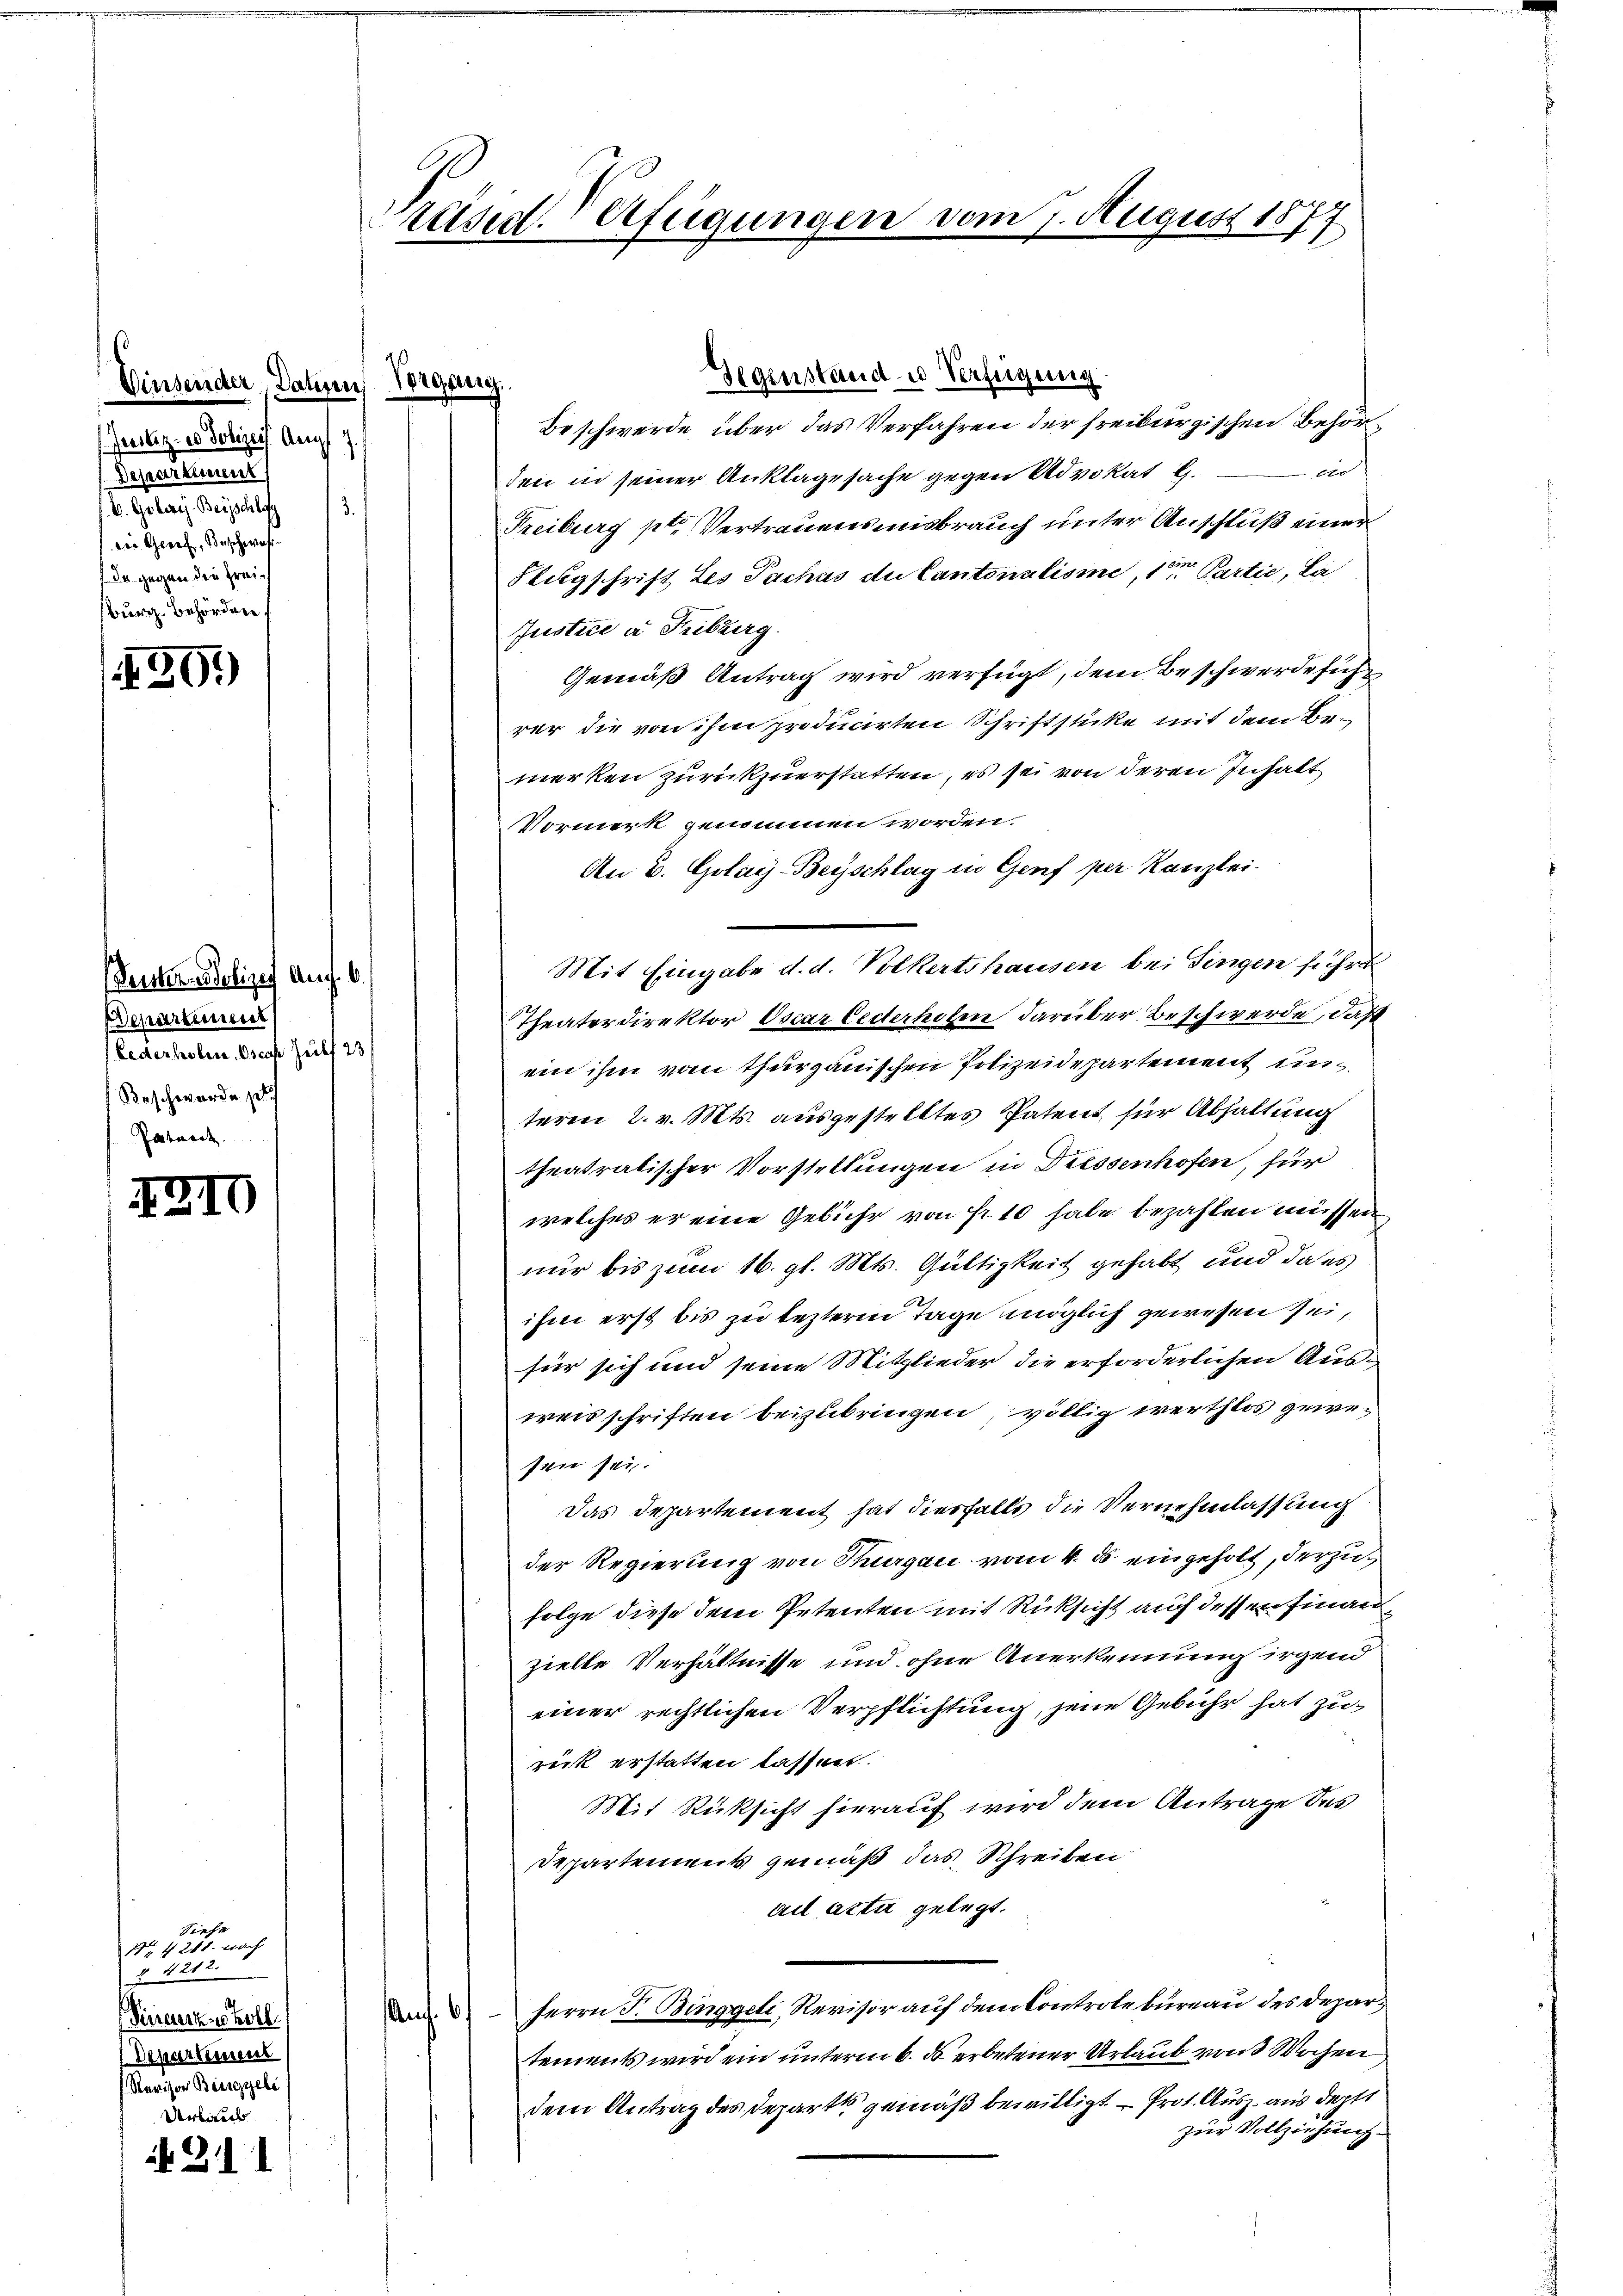
Einsender, Jahren Vorgang.
Juilz, es Polizei Aug 17.
Departement
V. Göberey Beyschlos
3.
die Geief, Beschwati-
da gegen den Freisburg, Behörden

91)

Senten Polizei Aug. 6.
departement
Lederholen. Osech Heilf 23
Beschwerden pr
Patarrt

1210

Siefe
1 § 241. nach
§ 4212.
Pirreter Koll
Deparkassent
Revisor Binggele
Urbarers

311

Gegenstand u Verfügung.
Beschwerde, über das Verfahren der freiburgischen Behör¬
Er
den in seiner Anklagesache gegen Advokat G.
Freiburg pt Vertrauensmisbrauch unter Anschluß einer
Stugschrift, Les Pachus du Cantonalisie, 1sten Partie, La-
Justice u Fribourg.
Gemäß Antrag wird verfügt, dem Beschwerde sich
rer die von ihm producirten Schriftstücke mit dem Bemerken zurückzuerstatten, es sei von deren Inhalt
Vormerk genommen worden.
An B. Golay-Beyschlag in Genf per Kanzlei.
Mit Eingabe d. d. Volkertshausen bei Singen führt
Theaterdirektor Oscar Cederholen darüber Beschwerde, daß
ein ihm vom Thurgauischen Polizeidepartement unterm 2. v. Mts. ausgestelltes Patent für Abhaltung
theatratischer Vorstellungen in Diessenhofen, für
welches er eine Gebühr von Fr. 10 habe bezahlen müssen
nur bis zum 16. gl. Mts. Gültigkeit gehabt und da es
ihm erst bis zu lezterm Tage möglich gewesen sei,
für sich und seine Mitglieder die erforderlichen Ausweisschriften beizubringen völlig werthlos geweswie sei.
Das Departement hat diesfalls die Vernehmlassung
der Regierung von Thurgau vom 4. ds. eingeholt, derzufolge diese dem Petenten mit Rücksicht auf dessen Finanz
zielle Verhältnisse und ohne Anerkennung irgend
einer rechtlichen Verpflichtung, jene Gebühr hat zurück erstatten lassen.
Mit Rücksicht hierauf wird dem Antrage des
Departements gemäß das Schreiben
ad acta gelegt.
  Herrn J. Binggeli, Revisor auf dem Controlbureau des Departements wird ein unterm 6. ds. erbetener Urlaub von 3 Wochen
dem Antrag des Departe gemäß bewilligt. — Prot. Ausz. aus derst
zur Vollziehung

räsid. Verfügungen

n 7. August 1877